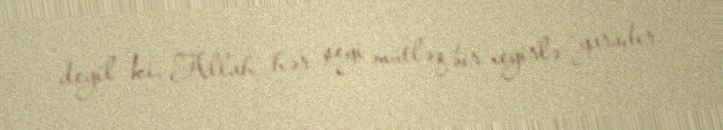
deyil ki, Allah hər şeyi mütləq bir xeyirlə yaradır.